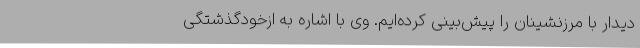
دیدار با مرزنشینان را پیش‌بینی کرده‌ایم. وی با اشاره به ازخودگذشتگی